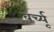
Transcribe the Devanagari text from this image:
वर्च्यू